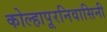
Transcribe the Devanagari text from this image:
कोल्हापूरनिवासिनी